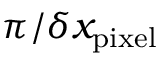
{ \pi } / { \delta x _ { \mathrm { p i x e l } } }